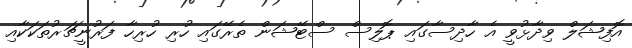
އޮފިޝަލް ވިދާޅުވީ އެ ހާދިސާގައި ޕޮލިސް ސްޓޭޝަން ތެރޭގައި ހުރި ހުރިހާ ފަރުނީޗަރުތަކަކާއި